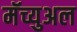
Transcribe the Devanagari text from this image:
मॅच्युअल